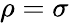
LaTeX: \rho=\sigma